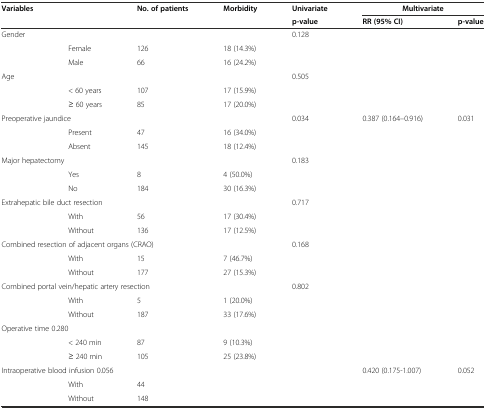
<table><thead><tr><td><b>Variables</b></td><td></td><td><b>No. of patients</b></td><td><b>Morbidity</b></td><td><b>Univariate</b></td><td colspan="2"><b>Multivariate</b></td></tr><tr><td colspan="4"></td><td><b>p-value</b></td><td><b>RR (95% CI)</b></td><td><b>p-value</b></td></tr></thead><tbody><tr><td colspan="4">Gender</td><td>0.128</td><td></td><td></td></tr><tr><td></td><td>Female</td><td>126</td><td>18 (14.3%)</td><td></td><td></td><td></td></tr><tr><td></td><td>Male</td><td>66</td><td>16 (24.2%)</td><td></td><td></td><td></td></tr><tr><td colspan="4">Age</td><td>0.505</td><td></td><td></td></tr><tr><td></td><td>&lt; 60 years</td><td>107</td><td>17 (15.9%)</td><td></td><td></td><td></td></tr><tr><td></td><td>≥ 60 years</td><td>85</td><td>17 (20.0%)</td><td></td><td></td><td></td></tr><tr><td colspan="4">Preoperative jaundice</td><td>0.034</td><td>0.387 (0.164–0.916)</td><td>0.031</td></tr><tr><td></td><td>Present</td><td>47</td><td>16 (34.0%)</td><td></td><td></td><td></td></tr><tr><td></td><td>Absent</td><td>145</td><td>18 (12.4%)</td><td></td><td></td><td></td></tr><tr><td colspan="4">Major hepatectomy</td><td>0.183</td><td></td><td></td></tr><tr><td></td><td>Yes</td><td>8</td><td>4 (50.0%)</td><td></td><td></td><td></td></tr><tr><td></td><td>No</td><td>184</td><td>30 (16.3%)</td><td></td><td></td><td></td></tr><tr><td colspan="4">Extrahepatic bile duct resection</td><td>0.717</td><td></td><td></td></tr><tr><td></td><td>With</td><td>56</td><td>17 (30.4%)</td><td></td><td></td><td></td></tr><tr><td></td><td>Without</td><td>136</td><td>17 (12.5%)</td><td></td><td></td><td></td></tr><tr><td colspan="4">Combined resection of adjacent organs (CRAO)</td><td>0.168</td><td></td><td></td></tr><tr><td></td><td>With</td><td>15</td><td>7 (46.7%)</td><td></td><td></td><td></td></tr><tr><td></td><td>Without</td><td>177</td><td>27 (15.3%)</td><td></td><td></td><td></td></tr><tr><td colspan="4">Combined portal vein/hepatic artery resection</td><td>0.802</td><td></td><td></td></tr><tr><td></td><td>With</td><td>5</td><td>1 (20.0%)</td><td></td><td></td><td></td></tr><tr><td></td><td>Without</td><td>187</td><td>33 (17.6%)</td><td></td><td></td><td></td></tr><tr><td colspan="5">Operative time 0.280</td><td></td><td></td></tr><tr><td></td><td>&lt; 240 min</td><td>87</td><td>9 (10.3%)</td><td></td><td></td><td></td></tr><tr><td></td><td>≥ 240 min</td><td>105</td><td>25 (23.8%)</td><td></td><td></td><td></td></tr><tr><td colspan="5">Intraoperative blood infusion 0.056</td><td>0.420 (0.175-1.007)</td><td>0.052</td></tr><tr><td></td><td>With</td><td>44</td><td></td><td></td><td></td><td></td></tr><tr><td></td><td>Without</td><td>148</td><td></td><td></td><td></td><td></td></tr></tbody></table>